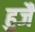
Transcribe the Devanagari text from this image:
हुजै